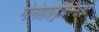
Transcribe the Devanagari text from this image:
मोनोहाइड्रोकैल्साइट